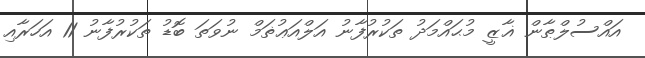
އައްސުލްޠާން ޣާޒީ މުޙައްމަދު ތަކުރުފާނު އަލްއަޢުޡަމް ނުވަތަ ބޮޑު ތަކުރުފާނު 11 އަހަރާއި